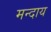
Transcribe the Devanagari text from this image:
मन्दाय